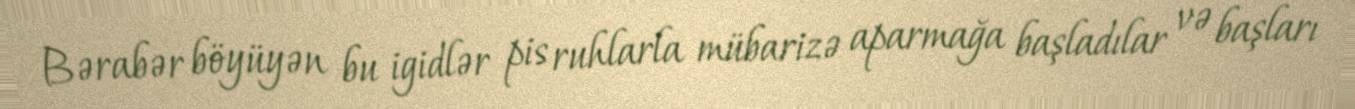
Bərabər böyüyən bu igidlər pis ruhlarla mübarizə aparmağa başladılar və başları